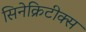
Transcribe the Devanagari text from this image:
सिनेक्रिटीक्स